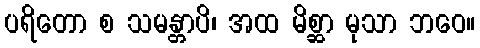
ပရိတော စ သမန္တာပိ၊ အထ မိစ္ဆာ မုသာ ဘဝေ။